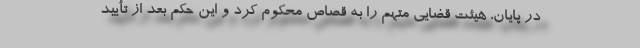
در پایان، هیئت قضایی متهم را به قصاص محکوم کرد و این حکم بعد از تأیید